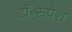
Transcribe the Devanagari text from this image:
डॉ॰रूपेश